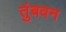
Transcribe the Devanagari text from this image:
तुंबवन